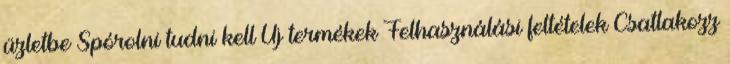
üzletbe Spórolni tudni kell Új termékek Felhasználási feltételek Csatlakozz